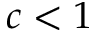
c < 1